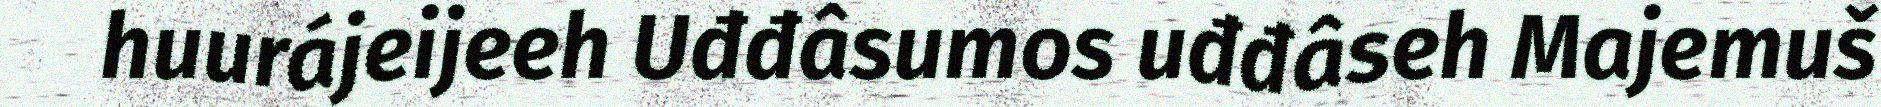
huurájeijeeh Uđđâsumos uđđâseh Majemuš